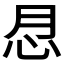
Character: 𢗯